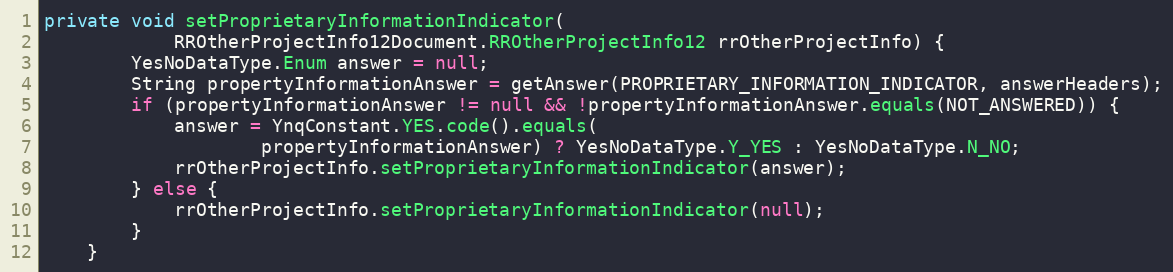
Language: Java
private void setProprietaryInformationIndicator(
			RROtherProjectInfo12Document.RROtherProjectInfo12 rrOtherProjectInfo) {
		YesNoDataType.Enum answer = null;
		String propertyInformationAnswer = getAnswer(PROPRIETARY_INFORMATION_INDICATOR, answerHeaders);
		if (propertyInformationAnswer != null && !propertyInformationAnswer.equals(NOT_ANSWERED)) {
    		answer = YnqConstant.YES.code().equals(
                    propertyInformationAnswer) ? YesNoDataType.Y_YES : YesNoDataType.N_NO;
    		rrOtherProjectInfo.setProprietaryInformationIndicator(answer);
		} else {
		    rrOtherProjectInfo.setProprietaryInformationIndicator(null);
        }
	}